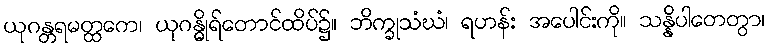
ယုဂန္တရမတ္ထကေ၊ ယုဂန္ဓိုရ်တောင်ထိပ်၌။ ဘိက္ခုသံဃံ၊ ရဟန်း အပေါင်းကို။ သန္နိပါတေတွာ၊